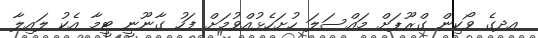
އދގެ ވޯކިން ގްރޫޕަށް މައްސަލަ ހުށަހެޅުއްވުމަށް ފަހު ގާނޫނީ ޓީމާ އެކު ލައިލާ